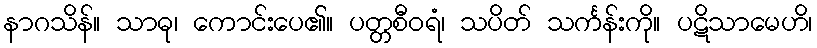
နာဂသိန်။ သာဓု၊ ကောင်းပေ၏။ ပတ္တစီဝရံ၊ သပိတ် သင်္ကန်းကို။ ပဋိသာမေဟိ၊